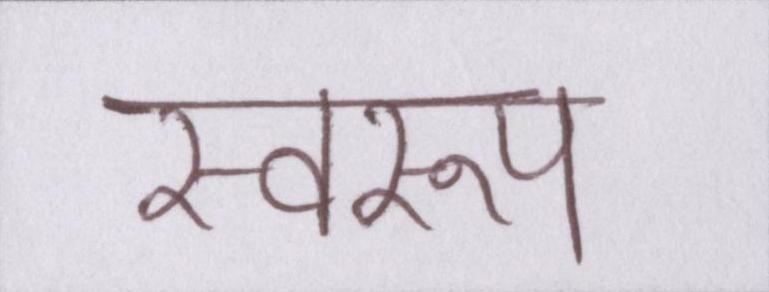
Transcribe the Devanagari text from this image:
स्वरूप